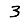
Digit: 3